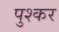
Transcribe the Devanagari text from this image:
पुश्कर